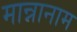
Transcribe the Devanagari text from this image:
मान्नानाम